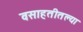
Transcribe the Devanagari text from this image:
वसाहतीतल्या